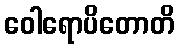
ဝေါရောပိတောတိ